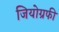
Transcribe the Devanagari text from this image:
जियोग्रफी